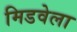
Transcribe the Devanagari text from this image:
मिडवेला